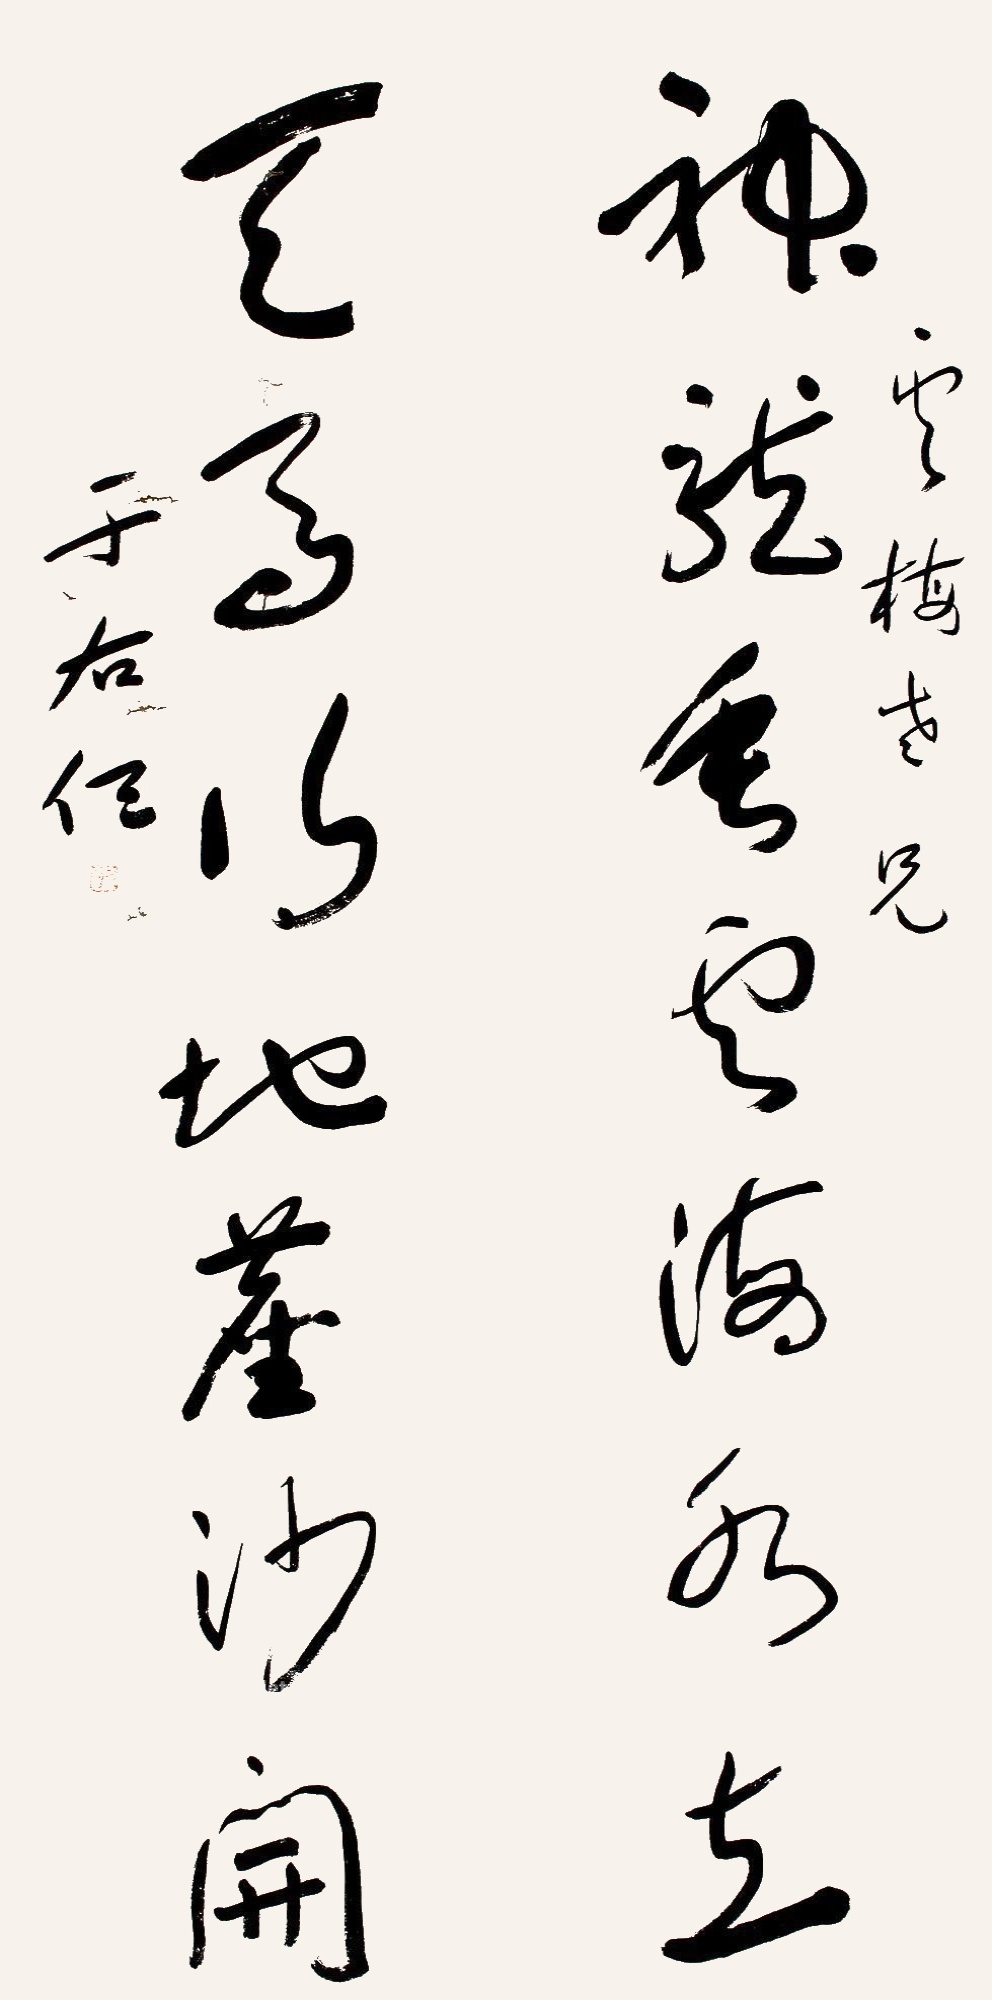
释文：神龙垂云海水立，天马行地尘沙开。云梅老兄于右任